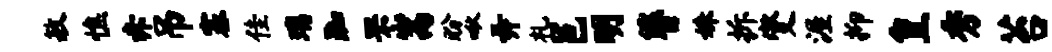
敏憔赤吊塞佳璃踟罘嵩盼啾弄札邑明簪姝拆燮渥抑皇秀苔